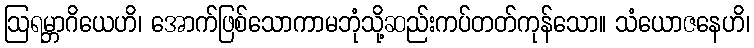
ဩရမ္ဘာဂိယေဟိ၊ အောက်ဖြစ်သောကာမဘုံသို့ဆည်းကပ်တတ်ကုန်သော။ သံယောဇနေဟိ၊